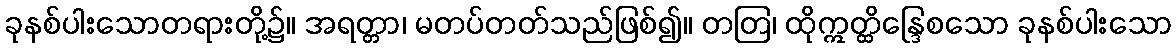
ခုနစ်ပါးသောတရားတို့၌။ အရတ္တာ၊ မတပ်တတ်သည်ဖြစ်၍။ တတြ၊ ထိုဣတ္ထိန္ဒြေစသော ခုနစ်ပါးသော